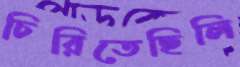
চিরিতেছিলি